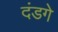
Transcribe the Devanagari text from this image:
दंडगे